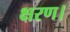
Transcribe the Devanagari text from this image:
क्षरण।